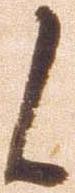
候